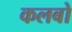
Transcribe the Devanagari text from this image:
कलबो